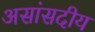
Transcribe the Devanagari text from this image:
असांसदीय